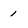
Character: i